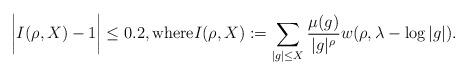
LaTeX: \begin{align*}\bigg| I(\rho,X) -1 \bigg| \le 0.2, \textrm{where}I(\rho,X):=\sum_{|g|\le X} \frac{\mu(g)}{|g|^{\rho}} w(\rho, \lambda-\log|g|).\end{align*}